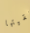
تلقيتها